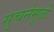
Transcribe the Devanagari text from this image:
सुचनेमुळे